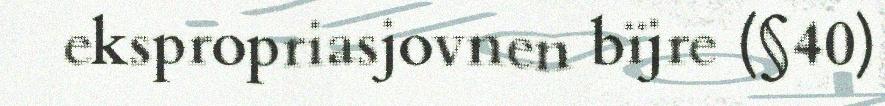
ekspropriasjovnen bïjre (§40)